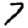
Digit: 7